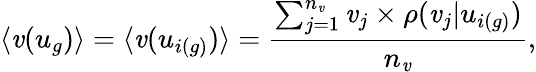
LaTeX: \langle\mathit{v}(u_{g})\rangle=\langle\mathit{v}(u_{i(g)})\rangle=\frac{{\sum_{j=1}^{n_{\mathit{v}}}\mathit{v}_{j}\times\rho(\mathit{v}_{j}|u_{i(g)})}}{{n_{\mathit{v}}}},